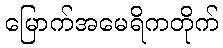
မြောက်အမေရိကတိုက်